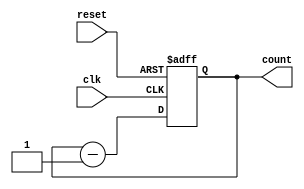
module down_counter(input reset,clk,output reg [3:0] count);//down counter
  always@(posedge clk or posedge reset)
    begin
      if(reset)
        begin
          count<=4'b1111;//reset to 15
        end
      else
        count<=count-1;
    end
endmodule